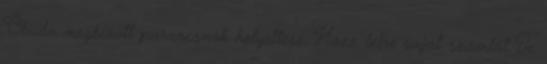
Óbuda megbízott parancsnok helyettese. Hozz létre saját számlát Te